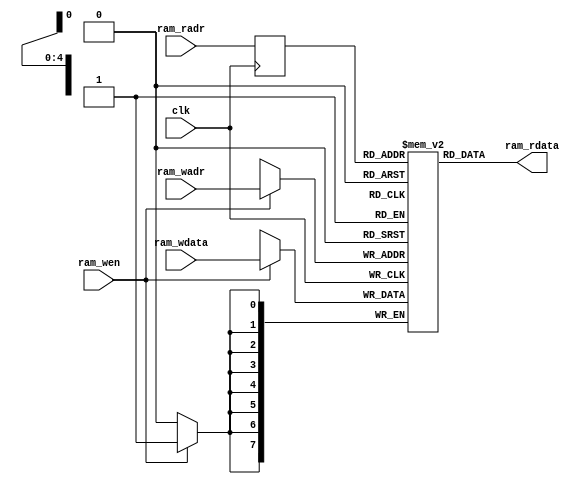
/*
 * Stack Machine CPU Sample
 *   Data RAM Module for Tang Nano
 *    Verilog code
 * @auther		Yoshiki Kurokawa <yoshiki.k963@gmail.com>
 * @copylight	2020 Yoshiki Kurokawa
 * @license		https://opensource.org/licenses/MIT     MIT license
 * @version		0.1
 */

module dram(
	input clk,
	input [4:0] ram_radr,
	output [7:0] ram_rdata,
	input [4:0] ram_wadr,
	input [7:0] ram_wdata,
	input ram_wen
	);

// 8x64 1r1w RAM

reg[7:0] ram[0:31];
reg[7:0] radr;

always @ (posedge clk) begin
	if (ram_wen)
		ram[ram_wadr] <= ram_wdata;
	radr <= ram_radr;
end

assign ram_rdata = ram[radr];

endmodule